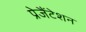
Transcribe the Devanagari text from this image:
प्रेजैंटेशन